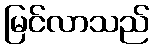
မြင်လာသည်